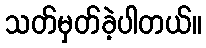
သတ်မှတ်ခဲ့ပါတယ်။